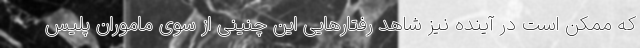
که ممکن است در آینده نیز شاهد رفتارهایی این چنینی از سوی ماموران پلیس